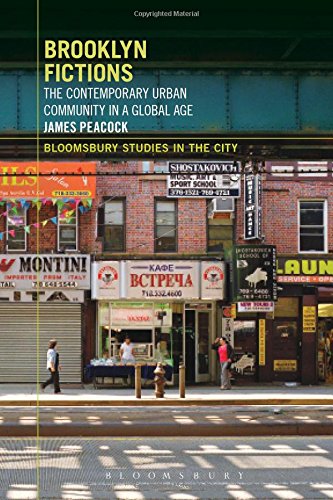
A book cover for Brooklyn Fictions: The Contemporary Urban Community in a Global Age (Bloomsbury Studies in the City); James Peacock; Literature & Fiction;